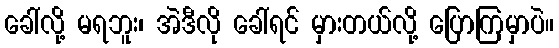
ခေါ်လို့ မရဘူး၊ အဲဒီလို ခေါ်ရင် မှားတယ်လို့ ပြောကြမှာပဲ။